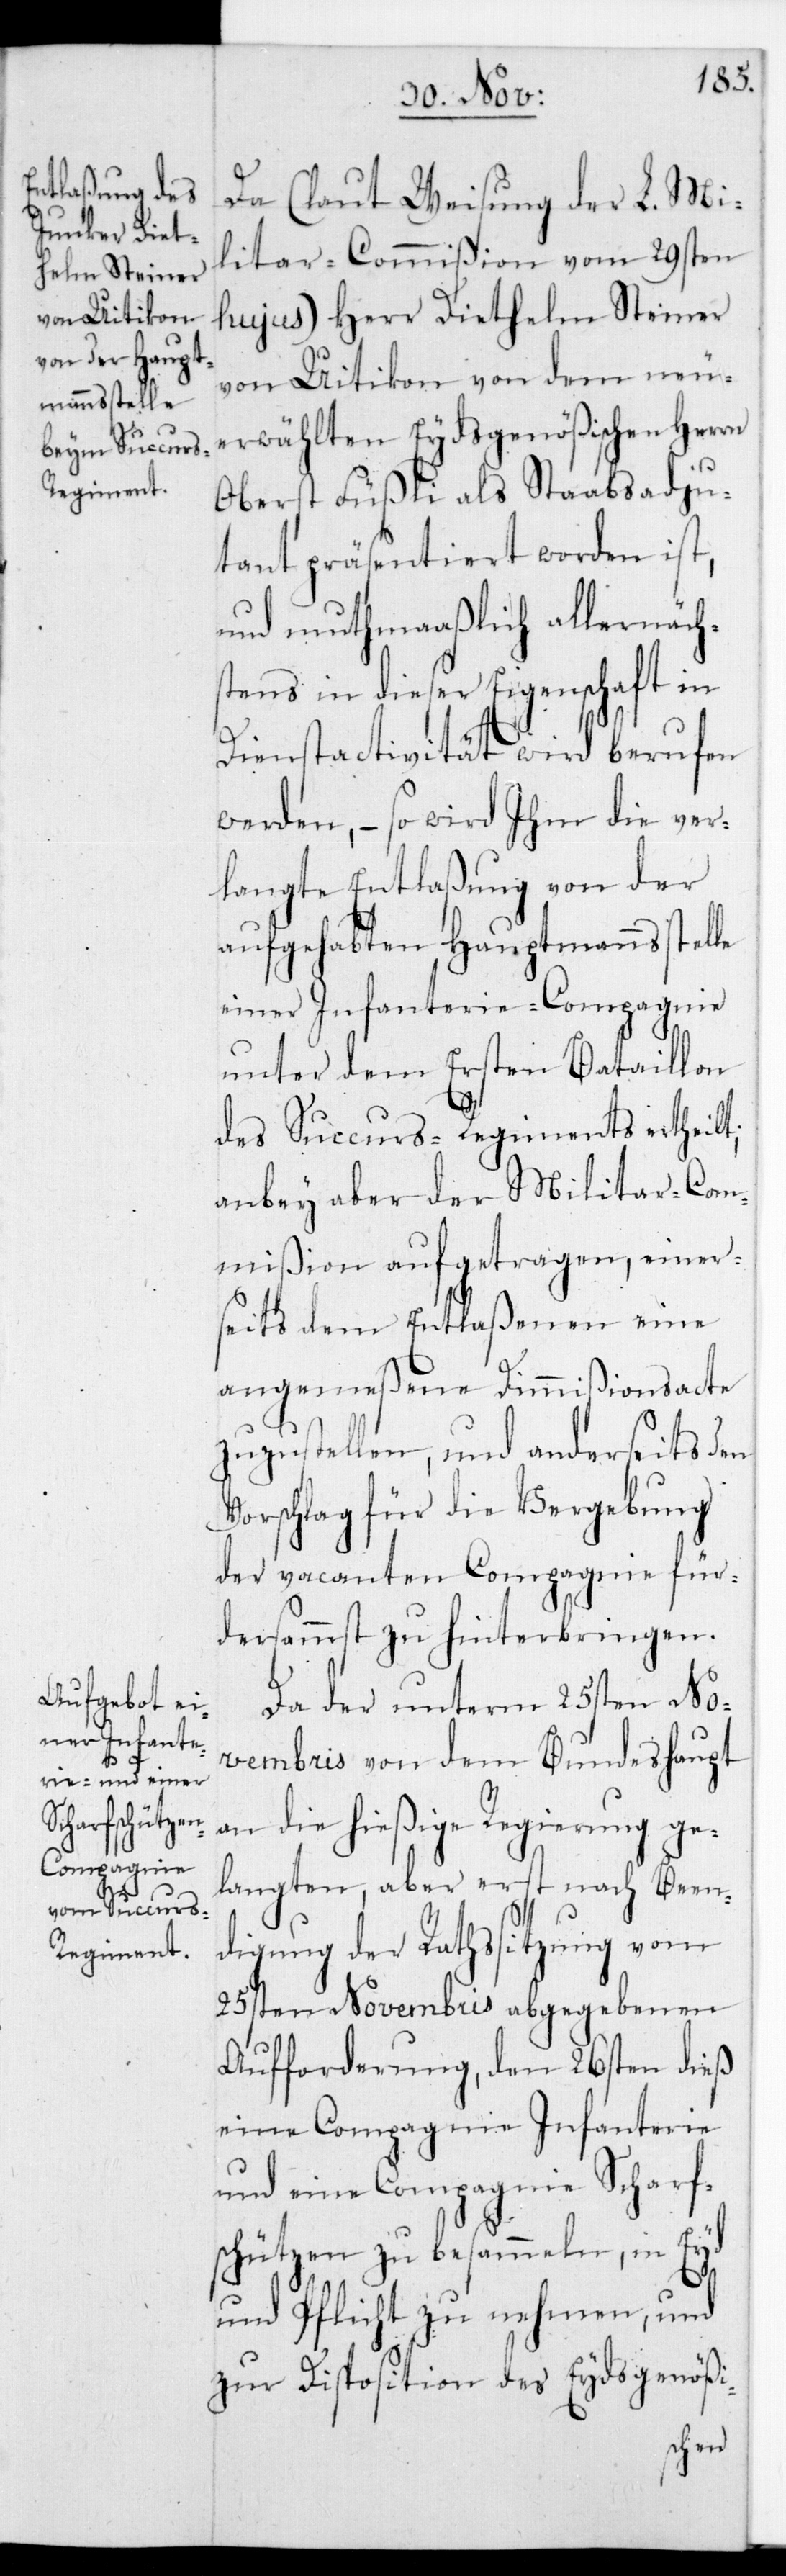
Da (laut Weisung der L. Mi¬
litar-Commißion vom 29sten
hujus) Herr Diethelm Steiner
von Uitikon von dem neu
erwählten Eydsgenößischen Herrn
Oberst Füßli als Stabsadju¬
dant präsentiert worden ist,
und muthmaaßlich allernäch¬
stens in dieser Eigenschaft in
Dienstactivität wird berufen
werden, – so wird ihm die ver¬
langte Entlaßung von der
aufgehabten Hauptmannsstelle
einer Infanterie-Compagnie
unter dem Ersten Bataillon
des Succurs-Regiments ertheilt;
anbey aber der Militar-Com¬
mißion aufgetragen, einer¬
seits dem Entlaßenen eine
angemeßene Dimmißionsacte
zuzustellen, und anderseits den
Vorschlag für die Vergebung
der vacanten Compagnie für¬
dersammst zu hinterbringen.
Da der unterm 25sten No¬
vembris von dem Bundeshaupt
an die hießige Regierung ge¬
langten, aber erst nach Been¬
digung der Rathssitzung vom
25sten Novembris abgegebenen
Aufforderung, den 26sten dieß
eine Compagnie Infanterie
und eine Compagnie Scharfs¬
chützen zu besammeln, in Eyd
und Pflicht zu nehmen, und
zur Disposition des Eydsgenößi-